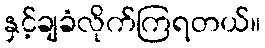
နှင့်ချခံလိုက်ကြရတယ်။